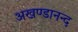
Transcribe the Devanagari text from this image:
अखण्डानन्द